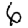
Digit: 6